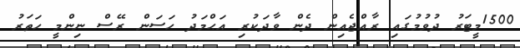
1500މީޓަރު ދުވުމުގައި ރާއްޖެއިން ދެން ވާދަކުރި އަޙްމަދު ހަސަން ރޭސް ނިންމީ ހަތަރު